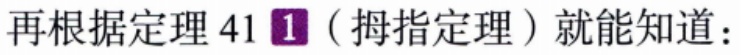
再根据定理 41\textcircled{1}（拇指定理）就能知道：